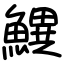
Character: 𬵫